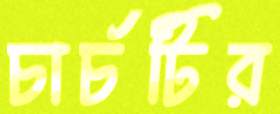
চার্চটির